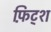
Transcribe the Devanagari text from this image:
फ़िट्श